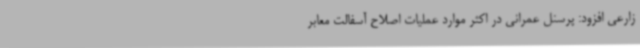
زارعی افزود: پرسنل عمرانی در اکثر موارد عملیات اصلاح آسفالت معابر